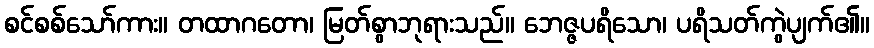
စင်စစ်သော်ကား။ တထာဂတော၊ မြတ်စွာဘုရားသည်။ ဘေဇ္ဇပရိသော၊ ပရိသတ်ကွဲပျက်၏။